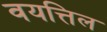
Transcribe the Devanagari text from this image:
वयत्तिल